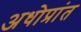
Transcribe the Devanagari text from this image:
अधोप्रांत